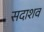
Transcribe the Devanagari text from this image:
सदाशव